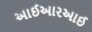
આઈઆરઆઈ